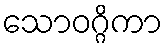
သောဝဂ္ဂိကာ